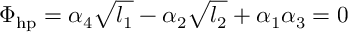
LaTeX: \Phi _ { \mathrm { h p } } = \alpha _ { 4 } \sqrt { l _ { 1 } } - \alpha _ { 2 } \sqrt { l _ { 2 } } + \alpha _ { 1 } \alpha _ { 3 } = 0